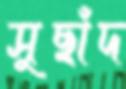
সুছাঁদ